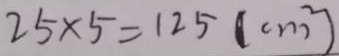
2 5 \times 5 = 1 2 5 ( c m ^ { 2 } )